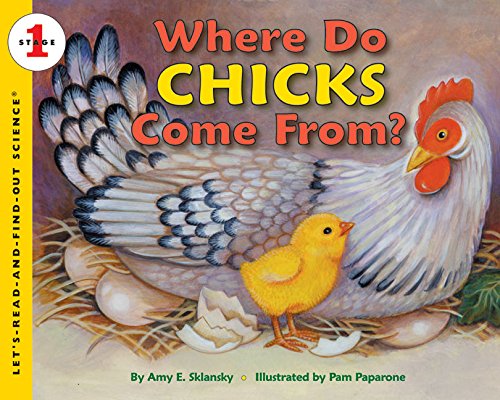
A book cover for Where Do Chicks Come From? (Let's-Read-and-Find-Out Science 1); Amy E. Sklansky; Children's Books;